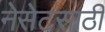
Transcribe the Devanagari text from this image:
नेसेटसाठी